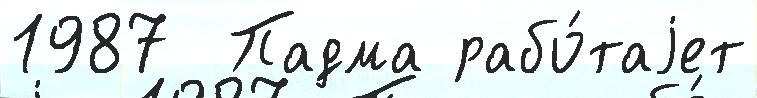
1987  Падма рабо́таjет